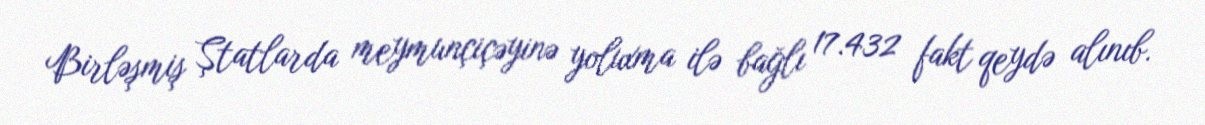
Birləşmiş Ştatlarda meymunçiçəyinə yoluxma ilə bağlı 17.432 fakt qeydə alınıb.